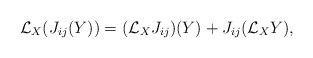
\begin{gather*}{\mathcal L}_X(J_{ij}(Y)) = ({\mathcal L}_XJ_{ij})(Y) + J_{ij}({\mathcal L}_XY),\end{gather*}